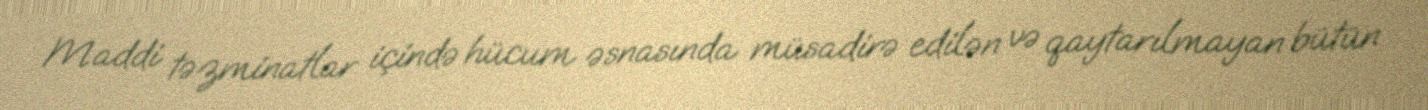
Maddi təzminatlar içində hücum əsnasında müsadirə edilən və qaytarılmayan bütün